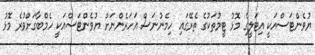
ޔުވެންޓަސްއަކީ އިޓަލީގެ މޮޅު ޓީމުތަކުގެ ތެރޭގައި ހިމެނުނަސް އަހަރެންނަށް ޔުވެންޓަސްއަކީ ހެމްބާގަށްވުރެ މޮޅު